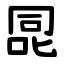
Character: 㖯